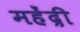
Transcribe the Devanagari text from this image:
महेंद्री